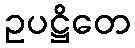
ဥပဋ္ဌိတေ